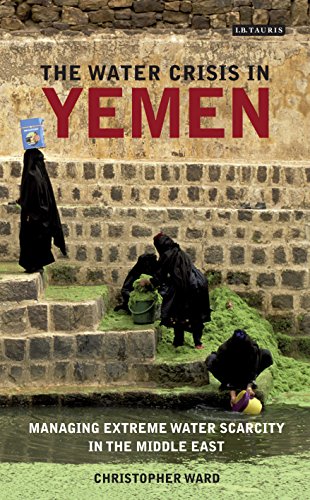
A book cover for The Water Crisis in Yemen: Managing Extreme Water Scarcity in the Middle East (International Library of Human Geography); Christopher Ward; History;